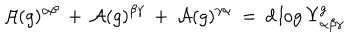
{ \cal A } ( g ) ^ { \alpha \beta } \: + \: { \cal A } ( g ) ^ { \beta \gamma } \: + \: { \cal A } ( g ) ^ { \gamma \alpha } \: = \: d \log \Upsilon _ { \alpha \beta \gamma } ^ { g }